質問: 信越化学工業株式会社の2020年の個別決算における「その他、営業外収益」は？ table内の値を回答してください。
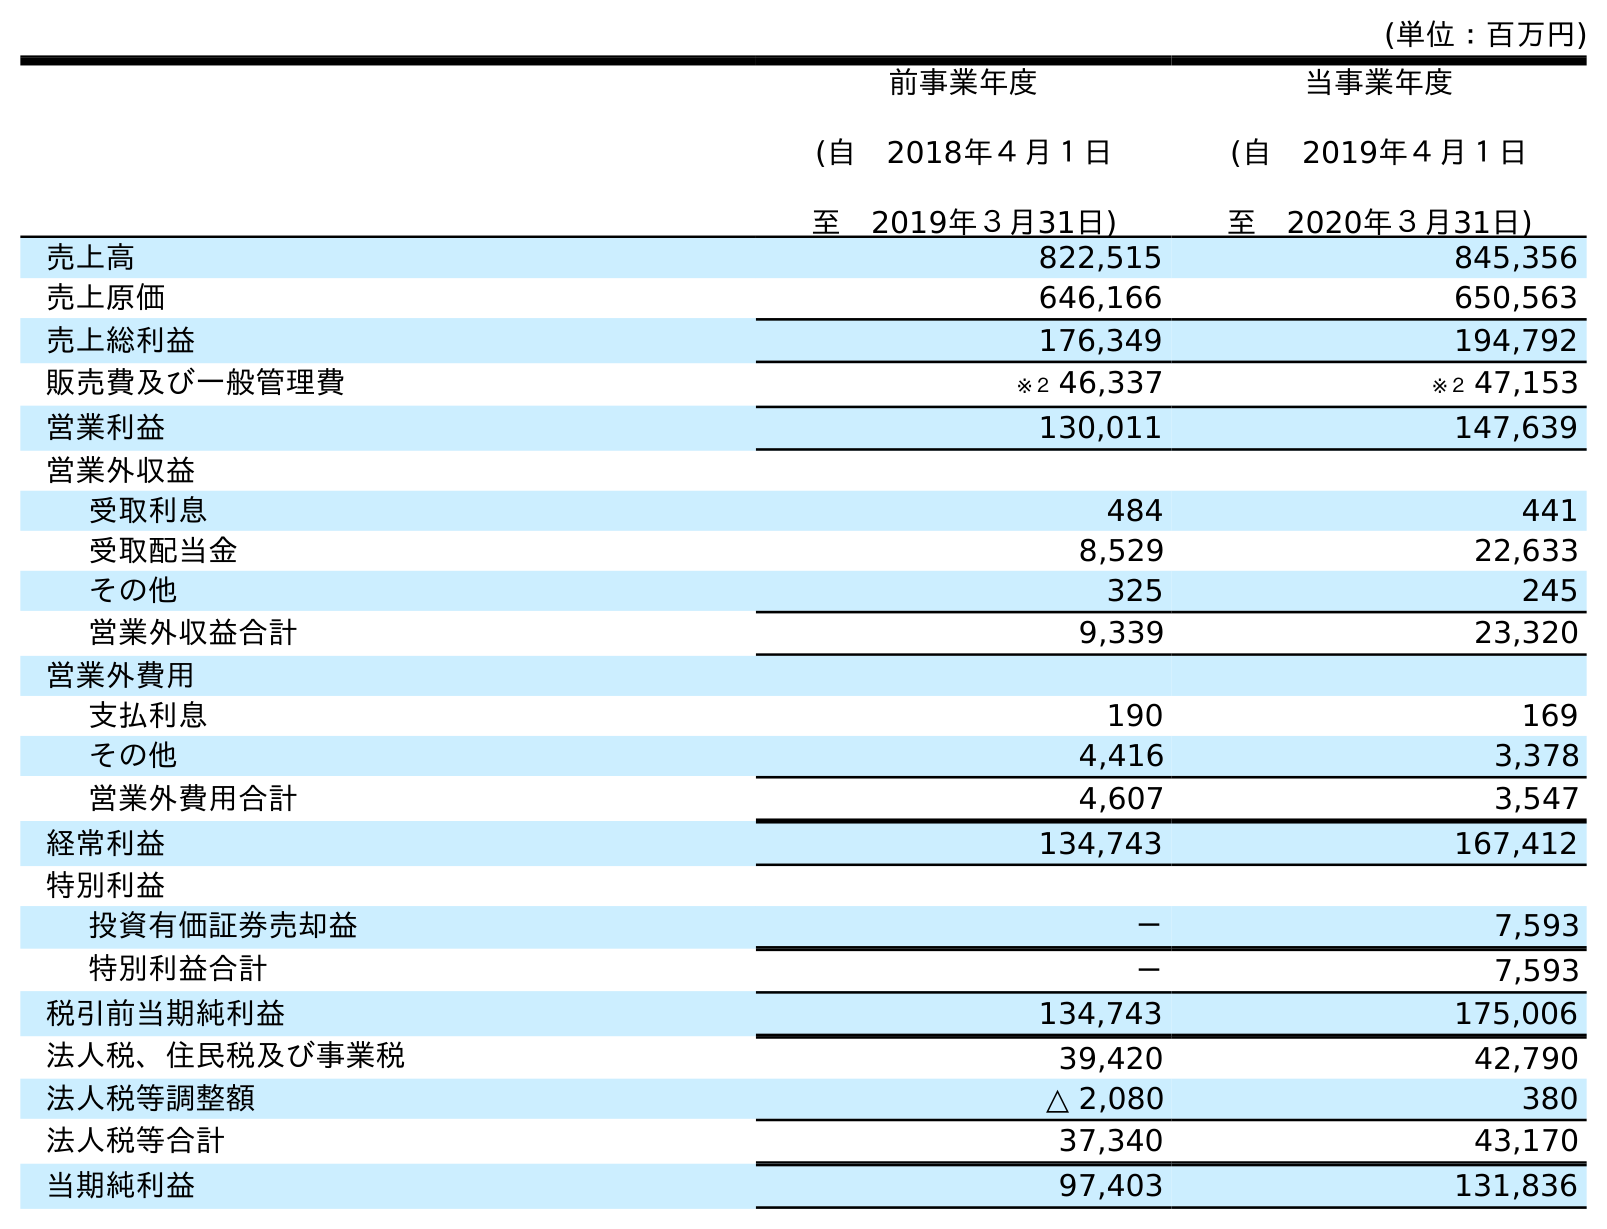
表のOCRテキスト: (単位：百万円) 前事業年度 (自 2018年４月１日 至 2019年３月31日) 当事業年度 (自 2019年４月１日 至 2020年３月31日) 売上高 822,515 845,356 売上原価 646,166 650,563 売上総利益 176,349 194,792 販売費及び一般管理費 ※２ 46,337 ※２ 47,153 営業利益 130,011 147,639 営業外収益 受取利息 484 441 受取配当金 8,529 22,633 その他 325 245 営業外収益合計 9,339 23,320 営業外費用 支払利息 190 169 その他 4,416 3,378 営業外費用合計 4,607 3,547 経常利益 134,743 167,412 特別利益 投資有価証券売却益 － 7,593 特別利益合計 － 7,593 税引前当期純利益 134,743 175,006 法人税、住民税及び事業税 39,420 42,790 法人税等調整額 △ 2,080 380 法人税等合計 37,340 43,170 当期純利益 97,403 131,836
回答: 245